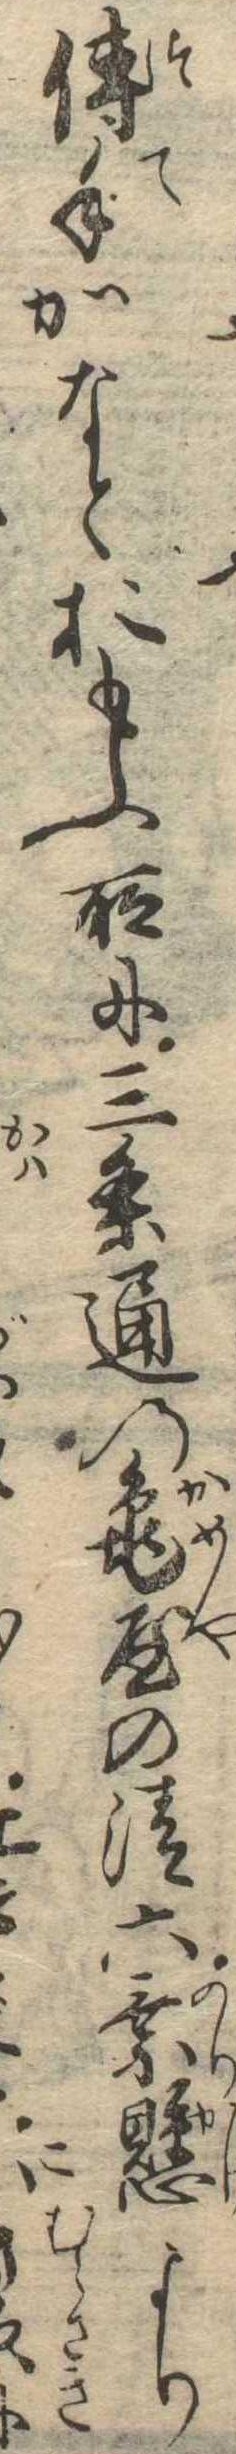
伝手がなとおもふ所に三条通の亀屋の清六乗懸よりに